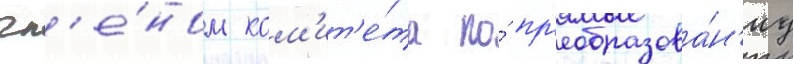
чл'е́ном ком'ит'е́та по́ пр'еобразова́н'иу